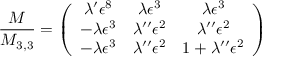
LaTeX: \frac { M } { M _ { 3 , 3 } } = \left( \begin{array} { c c c } { { \lambda ^ { \prime } \epsilon ^ { 8 } } } & { { \lambda \epsilon ^ { 3 } } } & { { \lambda \epsilon ^ { 3 } } } \\ { { - \lambda \epsilon ^ { 3 } } } & { { \lambda ^ { \prime \prime } \epsilon ^ { 2 } } } & { { \lambda ^ { \prime \prime } \epsilon ^ { 2 } } } \\ { { - \lambda \epsilon ^ { 3 } } } & { { \lambda ^ { \prime \prime } \epsilon ^ { 2 } } } & { { 1 + \lambda ^ { \prime \prime } \epsilon ^ { 2 } } } \end{array} \right)